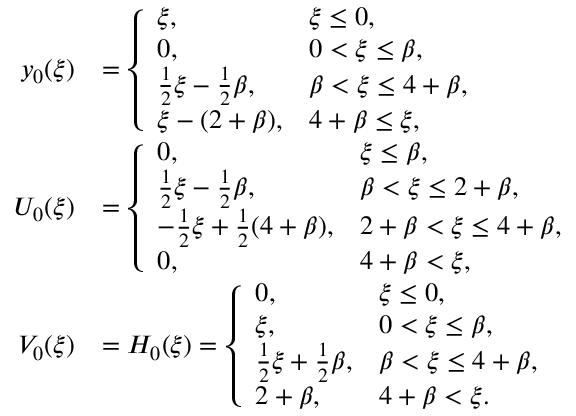
\begin{array} { r l } { y _ { 0 } ( \xi ) } & { = \left\{ \begin{array} { l l } { \xi , } & { \xi \leq 0 , } \\ { 0 , } & { 0 < \xi \leq \beta , } \\ { \frac { 1 } { 2 } \xi - \frac 1 2 \beta , } & { \beta < \xi \leq 4 + \beta , } \\ { \xi - ( 2 + \beta ) , } & { 4 + \beta \leq \xi , } \end{array} \right. } \\ { U _ { 0 } ( \xi ) } & { = \left\{ \begin{array} { l l } { 0 , } & { \xi \leq \beta , } \\ { \frac { 1 } { 2 } \xi - \frac 1 2 \beta , } & { \beta < \xi \leq 2 + \beta , } \\ { - \frac 1 2 \xi + \frac 1 2 ( 4 + \beta ) , } & { 2 + \beta < \xi \leq 4 + \beta , } \\ { 0 , } & { 4 + \beta < \xi , } \end{array} \right. } \\ { V _ { 0 } ( \xi ) } & { = H _ { 0 } ( \xi ) = \left\{ \begin{array} { l l } { 0 , } & { \xi \leq 0 , } \\ { \xi , } & { 0 < \xi \leq \beta , } \\ { \frac { 1 } { 2 } \xi + \frac 1 2 \beta , } & { \beta < \xi \leq 4 + \beta , } \\ { 2 + \beta , } & { 4 + \beta < \xi . } \end{array} \right. } \end{array}